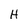
Character: H